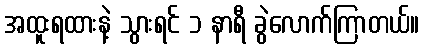
အထူးရထားနဲ့ သွားရင် ၁ နာရီ ခွဲလောက်ကြာတယ်။